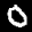
Label: 0